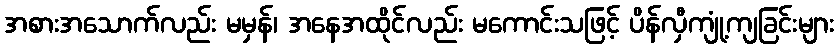
အစားအသောက်လည်း မမှန်၊ အနေအထိုင်လည်း မကောင်းသဖြင့် ပိန်လှီကျုံ့ကျခြင်းများ